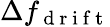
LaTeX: \Delta f_{\mathrm{~d~r~i~f~t~}}